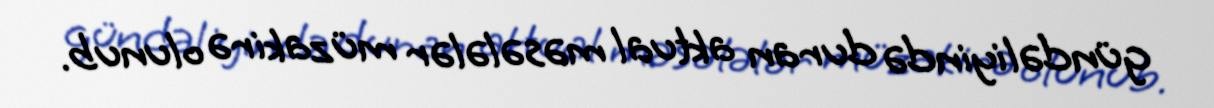
gündəliyində duran aktual məsələlər müzakirə olunub.